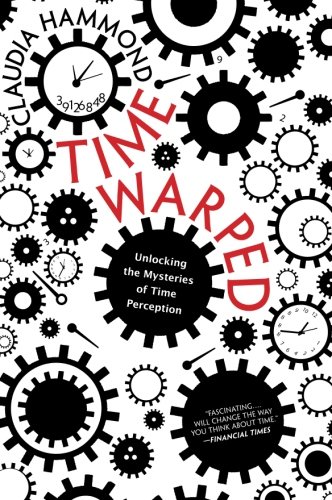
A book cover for Time Warped: Unlocking the Mysteries of Time Perception; Claudia Hammond; Self-Help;